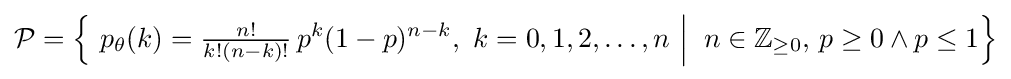
{\mathcal {P}}={\Big \{}\ p_{\theta }(k)={\tfrac {n!}{k!(n-k)!}}\,p^{k}(1-p)^{n-k},\ k=0,1,2,\dots ,n\ {\Big |}\;\;n\in \mathbb {Z} _{\geq 0},\,p\geq 0\land p\leq 1{\Big \}}